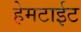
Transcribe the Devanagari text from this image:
हेमटाईट